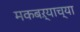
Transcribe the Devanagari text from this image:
मकबऱ्याच्या